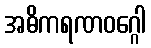
အဓိကရဏဝဂ္ဂေါ